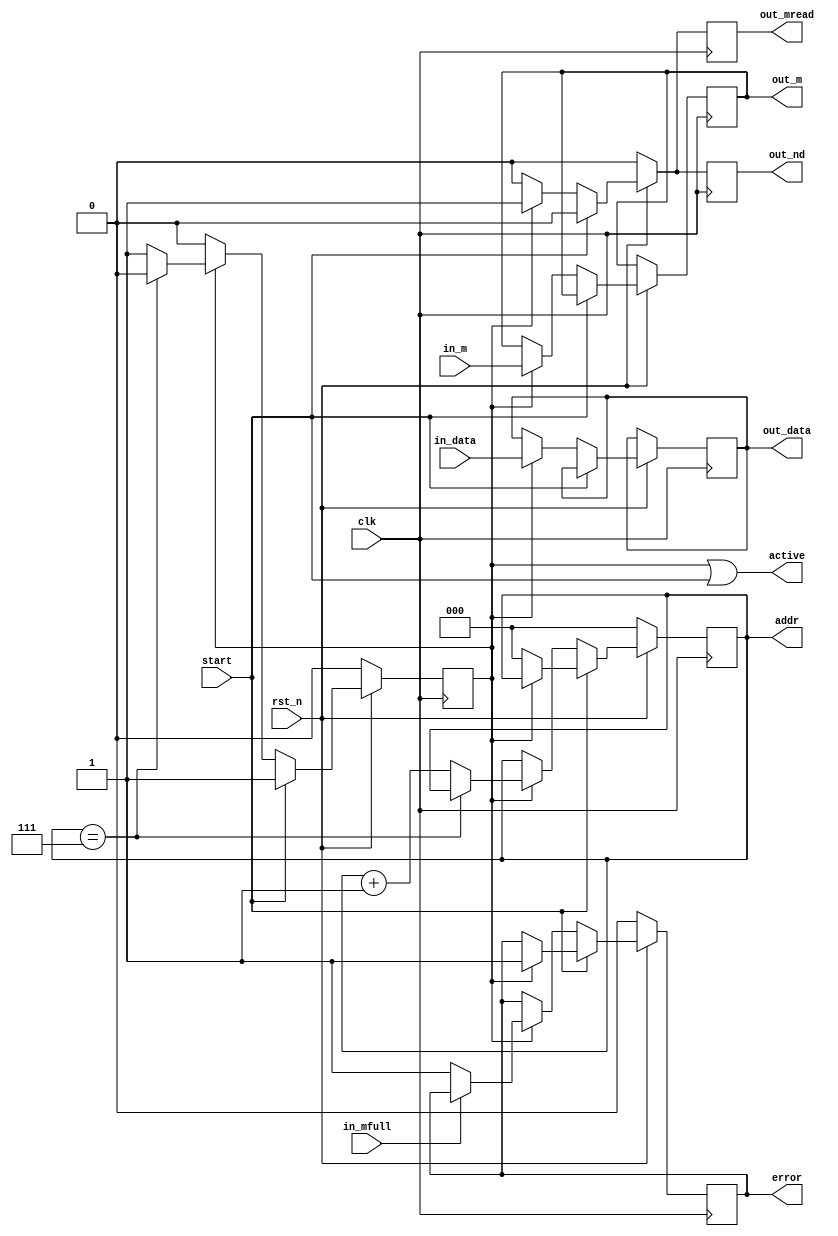
module stage_to_out
 #(
   parameter N = 8,
   parameter LOG_N = 3,
   parameter WIDTH = 32,
   parameter MWIDTH = 1
   )
   (
    input wire              clk,
    input wire              rst_n,
    // Start signals
    input wire              start,
    // From Stage
    output reg [LOG_N-1:0]  addr,
    input wire [WIDTH-1:0]  in_data,
    // From mStore
    output reg              out_mread,
    input wire              in_mfull,
    input wire [MWIDTH-1:0] in_m,
    // To out
    output reg              out_nd,
    output reg [WIDTH-1:0]  out_data,
    output reg [MWIDTH-1:0] out_m,
    // Finished Signal
    output wire             active,
    output reg              error
    );

   reg                      active_o;

   assign active = active_o | start;
   
   always @ (posedge clk)
     begin
        // Set the default values;
        out_nd <= 1'b0;
        out_mread <= 1'b0;
        if (~rst_n)
          begin
             active_o <= 1'b0;
             addr <= {LOG_N{1'b0}};
             error <= 1'b0;
          end
        else if (start)
          begin
             if (active_o)
               error <= 1'b1;
             else
               begin
                  active_o <= 1'b1;
                  addr <= {LOG_N{1'b0}};
               end
          end
        else if (active_o)
          begin
             out_mread <= 1'b1;
             out_nd <= 1'b1;
             out_data <= in_data;
             out_m <= in_m;
             if (~in_mfull)
               error <=1'b1;
             if (addr == N-1)
               begin
                  active_o <= 1'b0;
               end
             else
               addr <= addr + 1;
          end
     end
endmodule